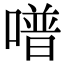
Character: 𠽾